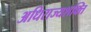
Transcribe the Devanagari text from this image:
अधिराज्यशक्ति